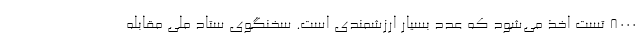
۸۰۰۰ تست اخذ می‌شود که عدد بسیار ارزشمندی است. سخنگوی ستاد ملی مقابله